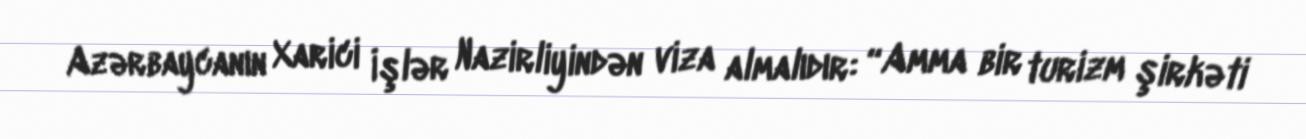
Azərbaycanın Xarici İşlər Nazirliyindən viza almalıdır: “Amma bir turizm şirkəti